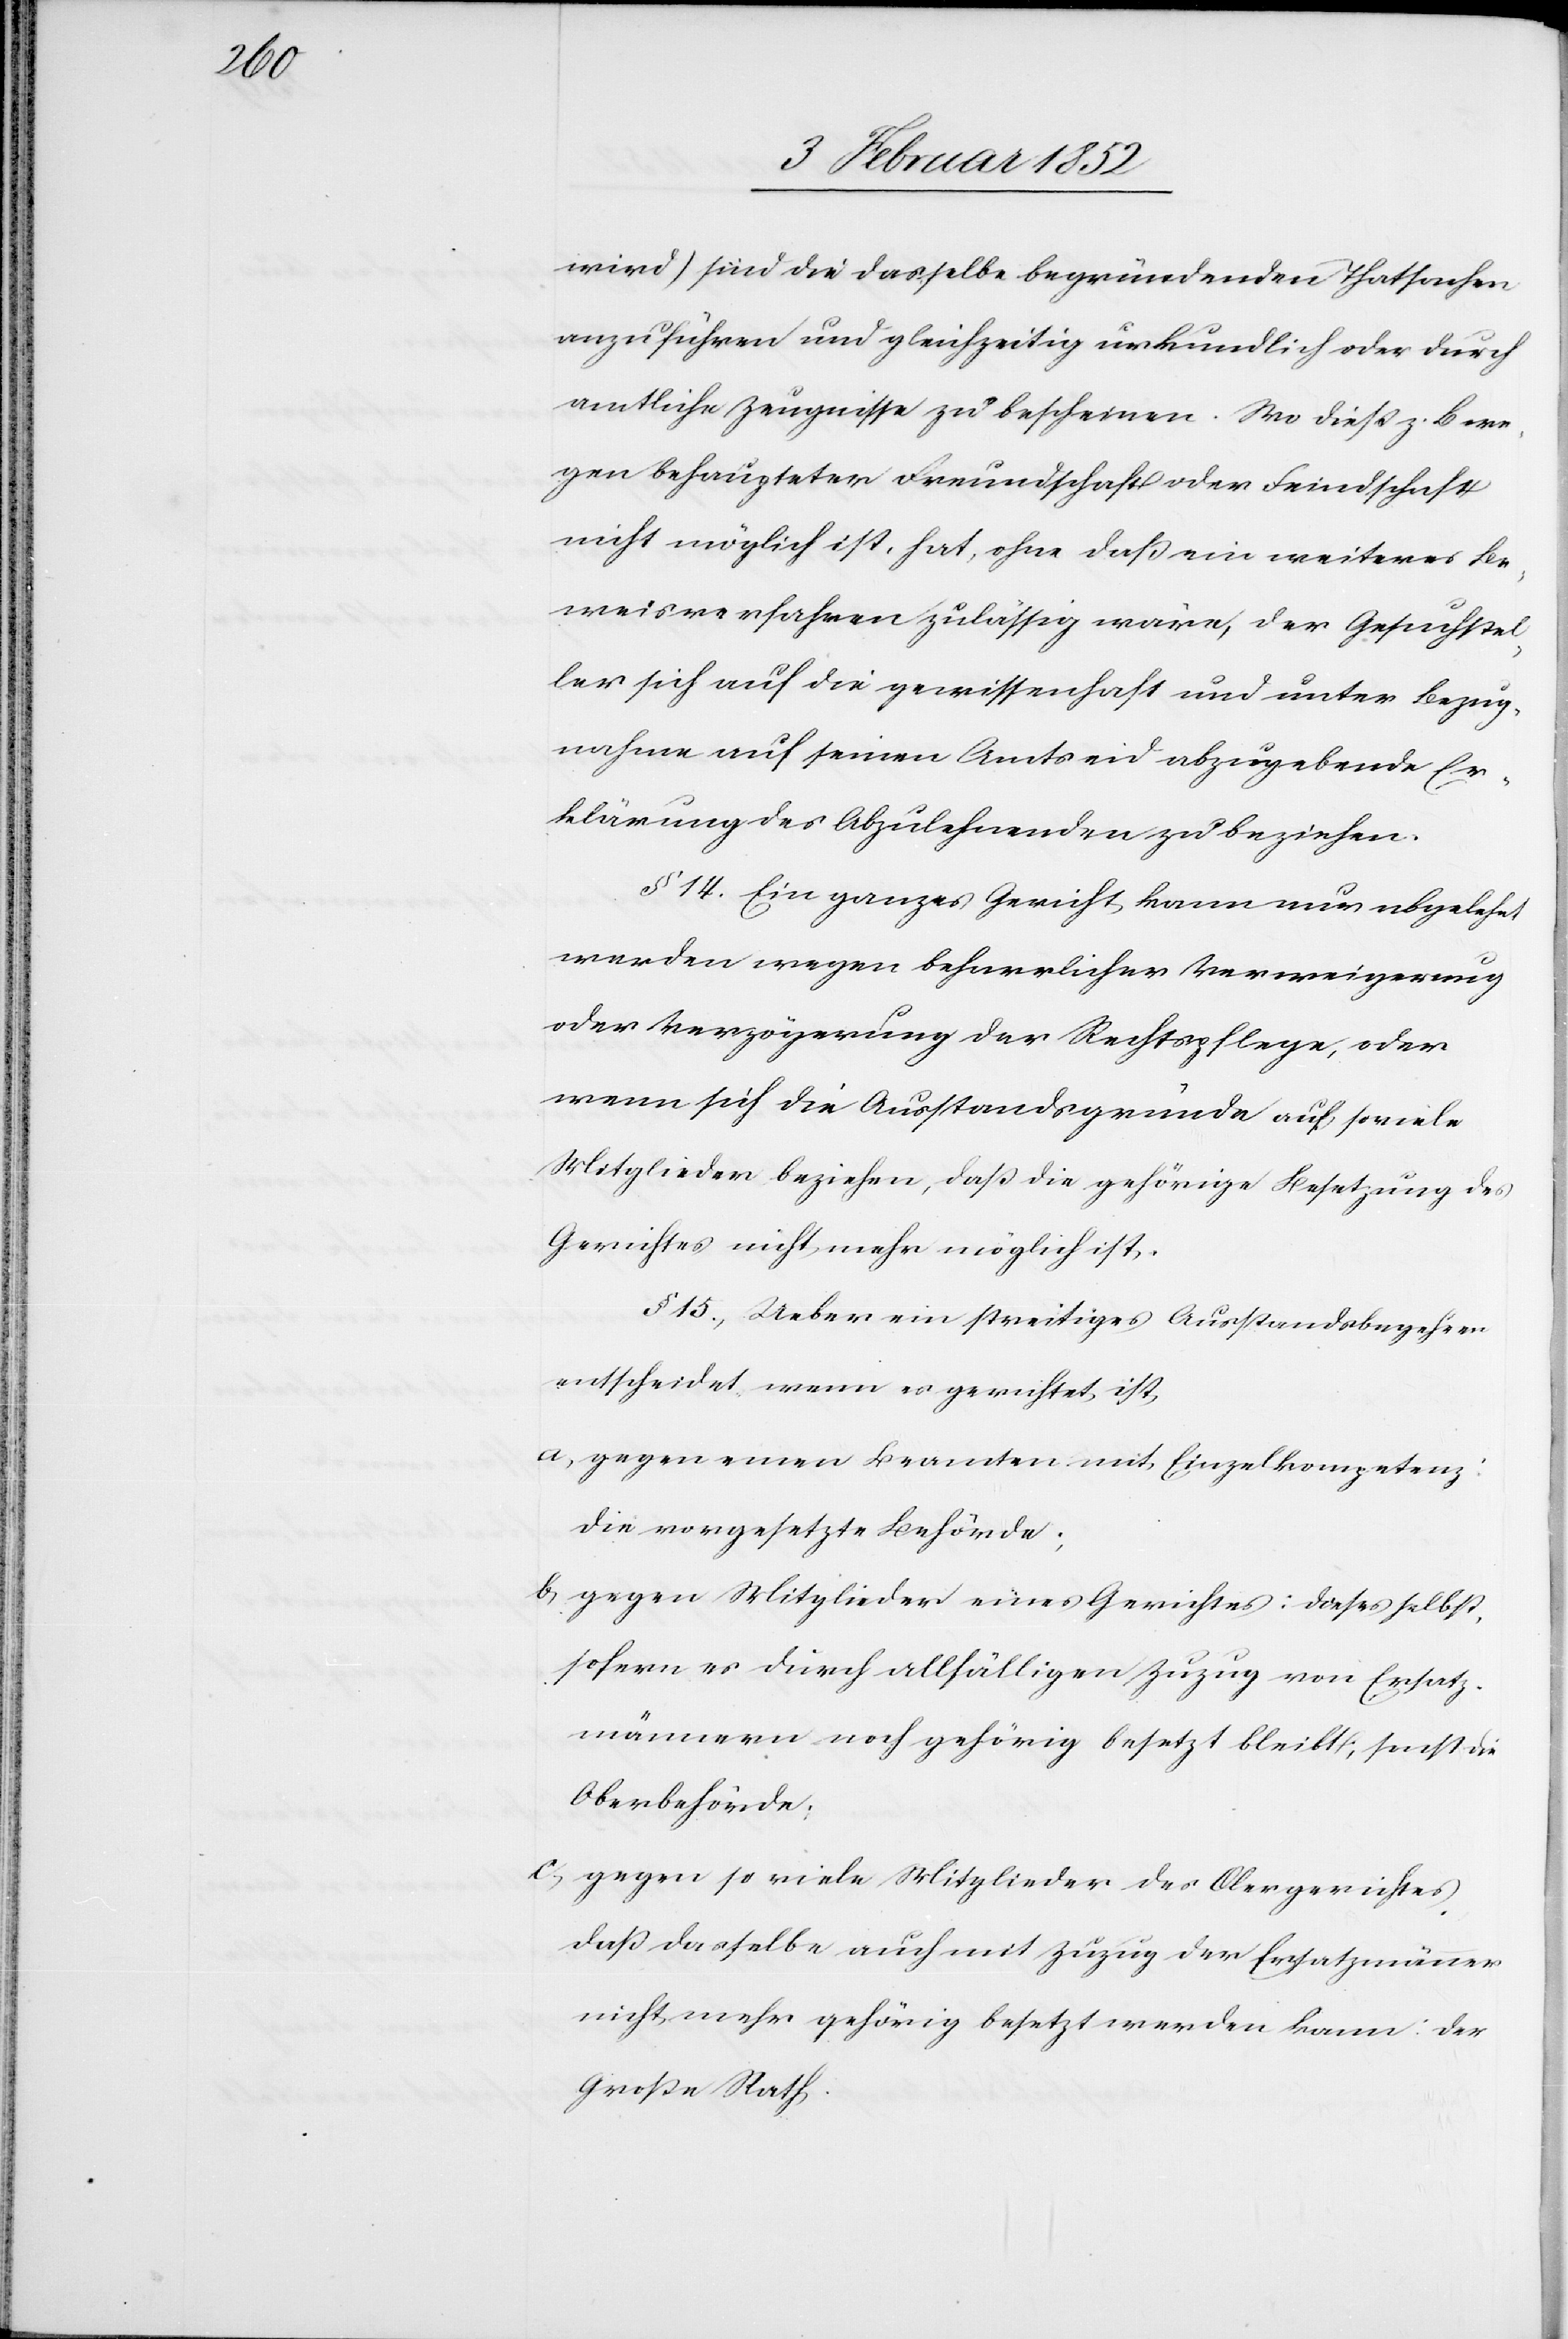
wird) sind die dasselbe begründenden Thatsachen
anzuführen und gleichzeitig urkundlich oder durch
amtliche Zeugnisse zu bescheinen. Wo dieß z. B. we¬
gen behaupteter Freundschaft oder Feindschaft
nicht möglich ist, hat, ohne daß ein weiteres Be¬
weisverfahren zulässig wäre, der Gesuchstel¬
ler sich auf die Gewissenschaft und unter Bezug¬
nahme auf seinen Amtseid abzugebende Er¬
klärung des Abzulehnenden zu bezeichnen.
§ 14. Ein ganzes Gericht kann nur abgelehnt
werden wegen beharrlicher Verweigerung
oder Verzögerung der Rechtspflege, oder
wenn sich die Ausstandsgründe auf so viele
Mitglieder beziehen, daß die gehörige Besetzung des
Gerichtes nicht mehr möglich ist.
§ 15.) Ueber ein streitiges Ausstandsbegehren
entscheidet, wenn es gerichtet ist,
a) gegen einen Beamten mit Einzelkompetenz:
die vorgesetzte Behörde;
b) gegen Mitglieder eines Gerichtes: dieses selbst,
sofern er durch allfälligen Zuzug von Ersatz¬
männern noch gehörige besetzt bleibt, sonst die
Oberbehörde;
c.) gegen so viele Mitglieder des Obergerichtes
daß dasselbe auch mit Zuzug der Ersatzmänner
nicht mehr gehörig besetzt werden kann: der
Große Rath.